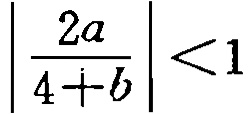
$\left|\frac{2a}{4 + b}\right| < 1$